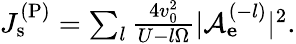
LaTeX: \begin{array}{r}{J_{\mathrm{s}}^{\mathrm{(P)}}=\sum_{l}\frac{4v_{0}^{2}}{U-l\Omega}|\mathcal{A}_{\mathbf e}^{(-l)}|^{2}.}\end{array}